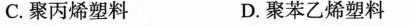
C.聚丙乙烯塑料 D.聚苯乙烯塑料